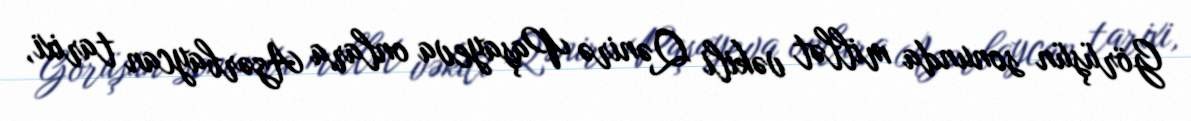
Görüşün sonunda millət vəkili Qənirə Paşayeva onlara Azərbaycan tarixi,